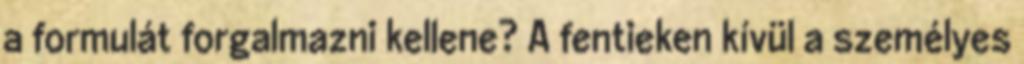
a formulát forgalmazni kellene? A fentieken kívül a személyes